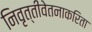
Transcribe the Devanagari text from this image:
निवृत्तीवेतनाकरिता